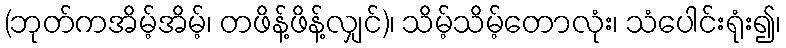
(ဘုတ်ကအိမ့်အိမ့်၊ တဖိန့်ဖိန့်လျှင်)၊ သိမ့်သိမ့်တောလုံး၊ သံပေါင်းရုံး၍၊